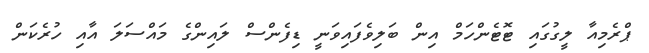
ޕްރެމިއާ ލީގުގައި ޓޮޓެންހަމް އިން ބަލިވެފައިވަނީ ޑިފެންސް ލައިންގެ މައްސަލަ އާއި ހުރެކަން